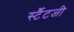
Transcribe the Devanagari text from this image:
र्स्टैटजी